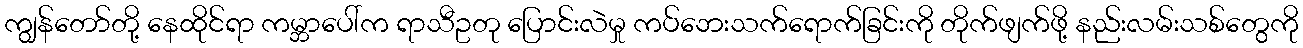
ကျွန်တော်တို့ နေထိုင်ရာ ကမ္ဘာပေါ်က ရာသီဥတု ပြောင်းလဲမှု ကပ်ဘေးသက်ရောက်ခြင်းကို တိုက်ဖျက်ဖို့ နည်းလမ်းသစ်တွေကို